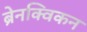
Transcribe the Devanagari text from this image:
ब्रेनक्विकन